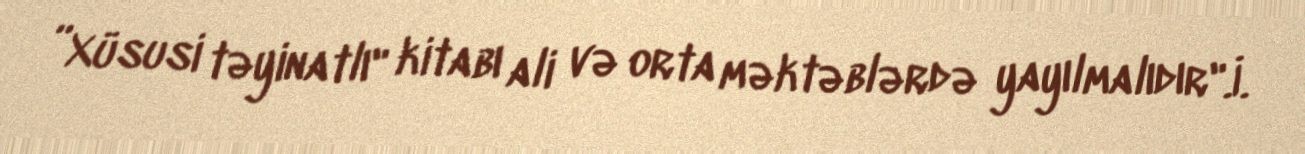
”Xüsusi təyinatlı" kitabı ali və orta məktəblərdə yayılmalıdır".İ.